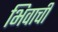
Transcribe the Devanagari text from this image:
भिवाची